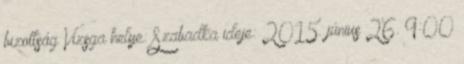
bizottság Vizsga helye: Szabadka ideje: 2015. június 26. 9:00